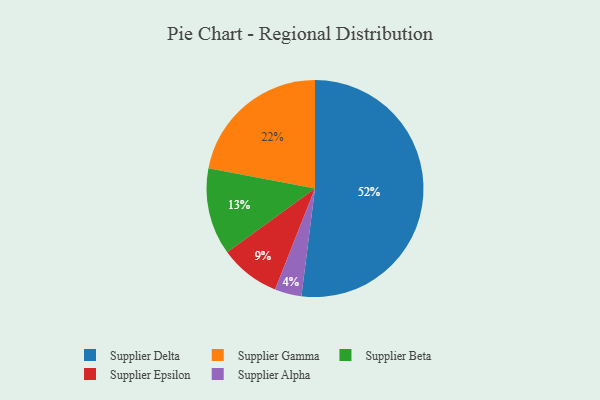
{"axis": {"x": "Category", "y": "Percentage"}, "legend": ["Supplier Alpha", "Supplier Beta", "Supplier Delta", "Supplier Epsilon", "Supplier Gamma"], "data": [{"x": "Supplier Beta", "y": 13, "type": "Supplier Beta"}, {"x": "Supplier Delta", "y": 52, "type": "Supplier Delta"}, {"x": "Supplier Gamma", "y": 22, "type": "Supplier Gamma"}, {"x": "Supplier Epsilon", "y": 9, "type": "Supplier Epsilon"}, {"x": "Supplier Alpha", "y": 4, "type": "Supplier Alpha"}]}